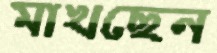
মাখছেন